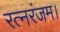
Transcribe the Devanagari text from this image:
रत्नरंजम।